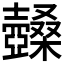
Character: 𡕏